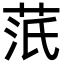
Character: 䓋